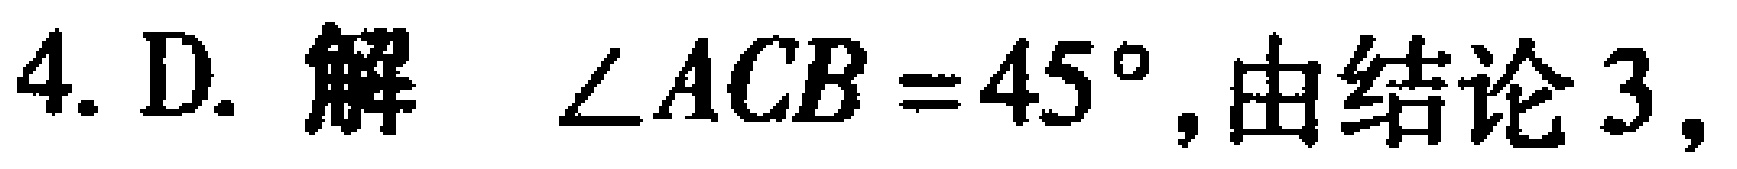
4. D. 解 $\angle ACB = 45^{\circ}$,由结论3,